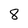
Character: 8